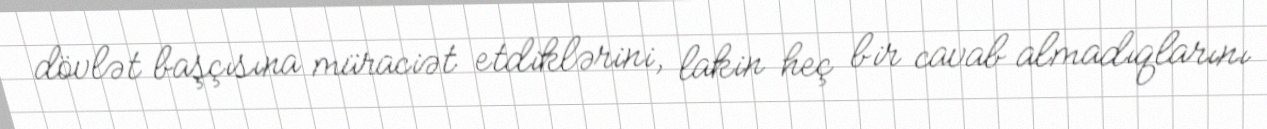
dövlət başçısına müraciət etdiklərini, lakin heç bir cavab almadıqlarını